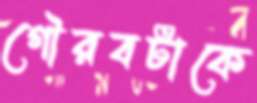
গৌরবটাকে